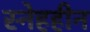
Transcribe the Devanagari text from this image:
स्नेहहीन